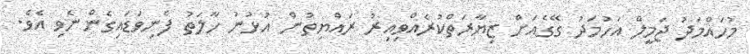
މުހައްމަދު ޖަމީލް އަހުމަދު ގޭގެއަށް ޒިޔާރަތްކުރެއްވިއިރު ރައްޔިތުން އުޅުނު ހާލަތު ފެނިވަޑައިގެންނެވި އެވެ.